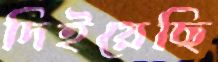
দিইয়েছি